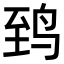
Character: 𬸈